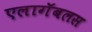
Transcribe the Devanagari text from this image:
एलागॅबलस